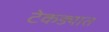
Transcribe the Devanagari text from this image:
टेकड्यात